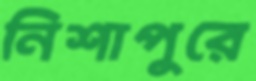
নিশাপুরে